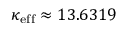
\kappa _ { \mathrm { e f f } } \approx 1 3 . 6 3 1 9